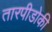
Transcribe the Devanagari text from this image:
तारपीडोकी